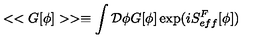
< < G [ \phi ] > > \equiv \int { \cal D } \phi G [ \phi ] \exp ( i S _ { e f f } ^ { F } [ \phi ] )